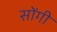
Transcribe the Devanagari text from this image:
सोंगी